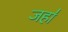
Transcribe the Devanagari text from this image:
जहा॑